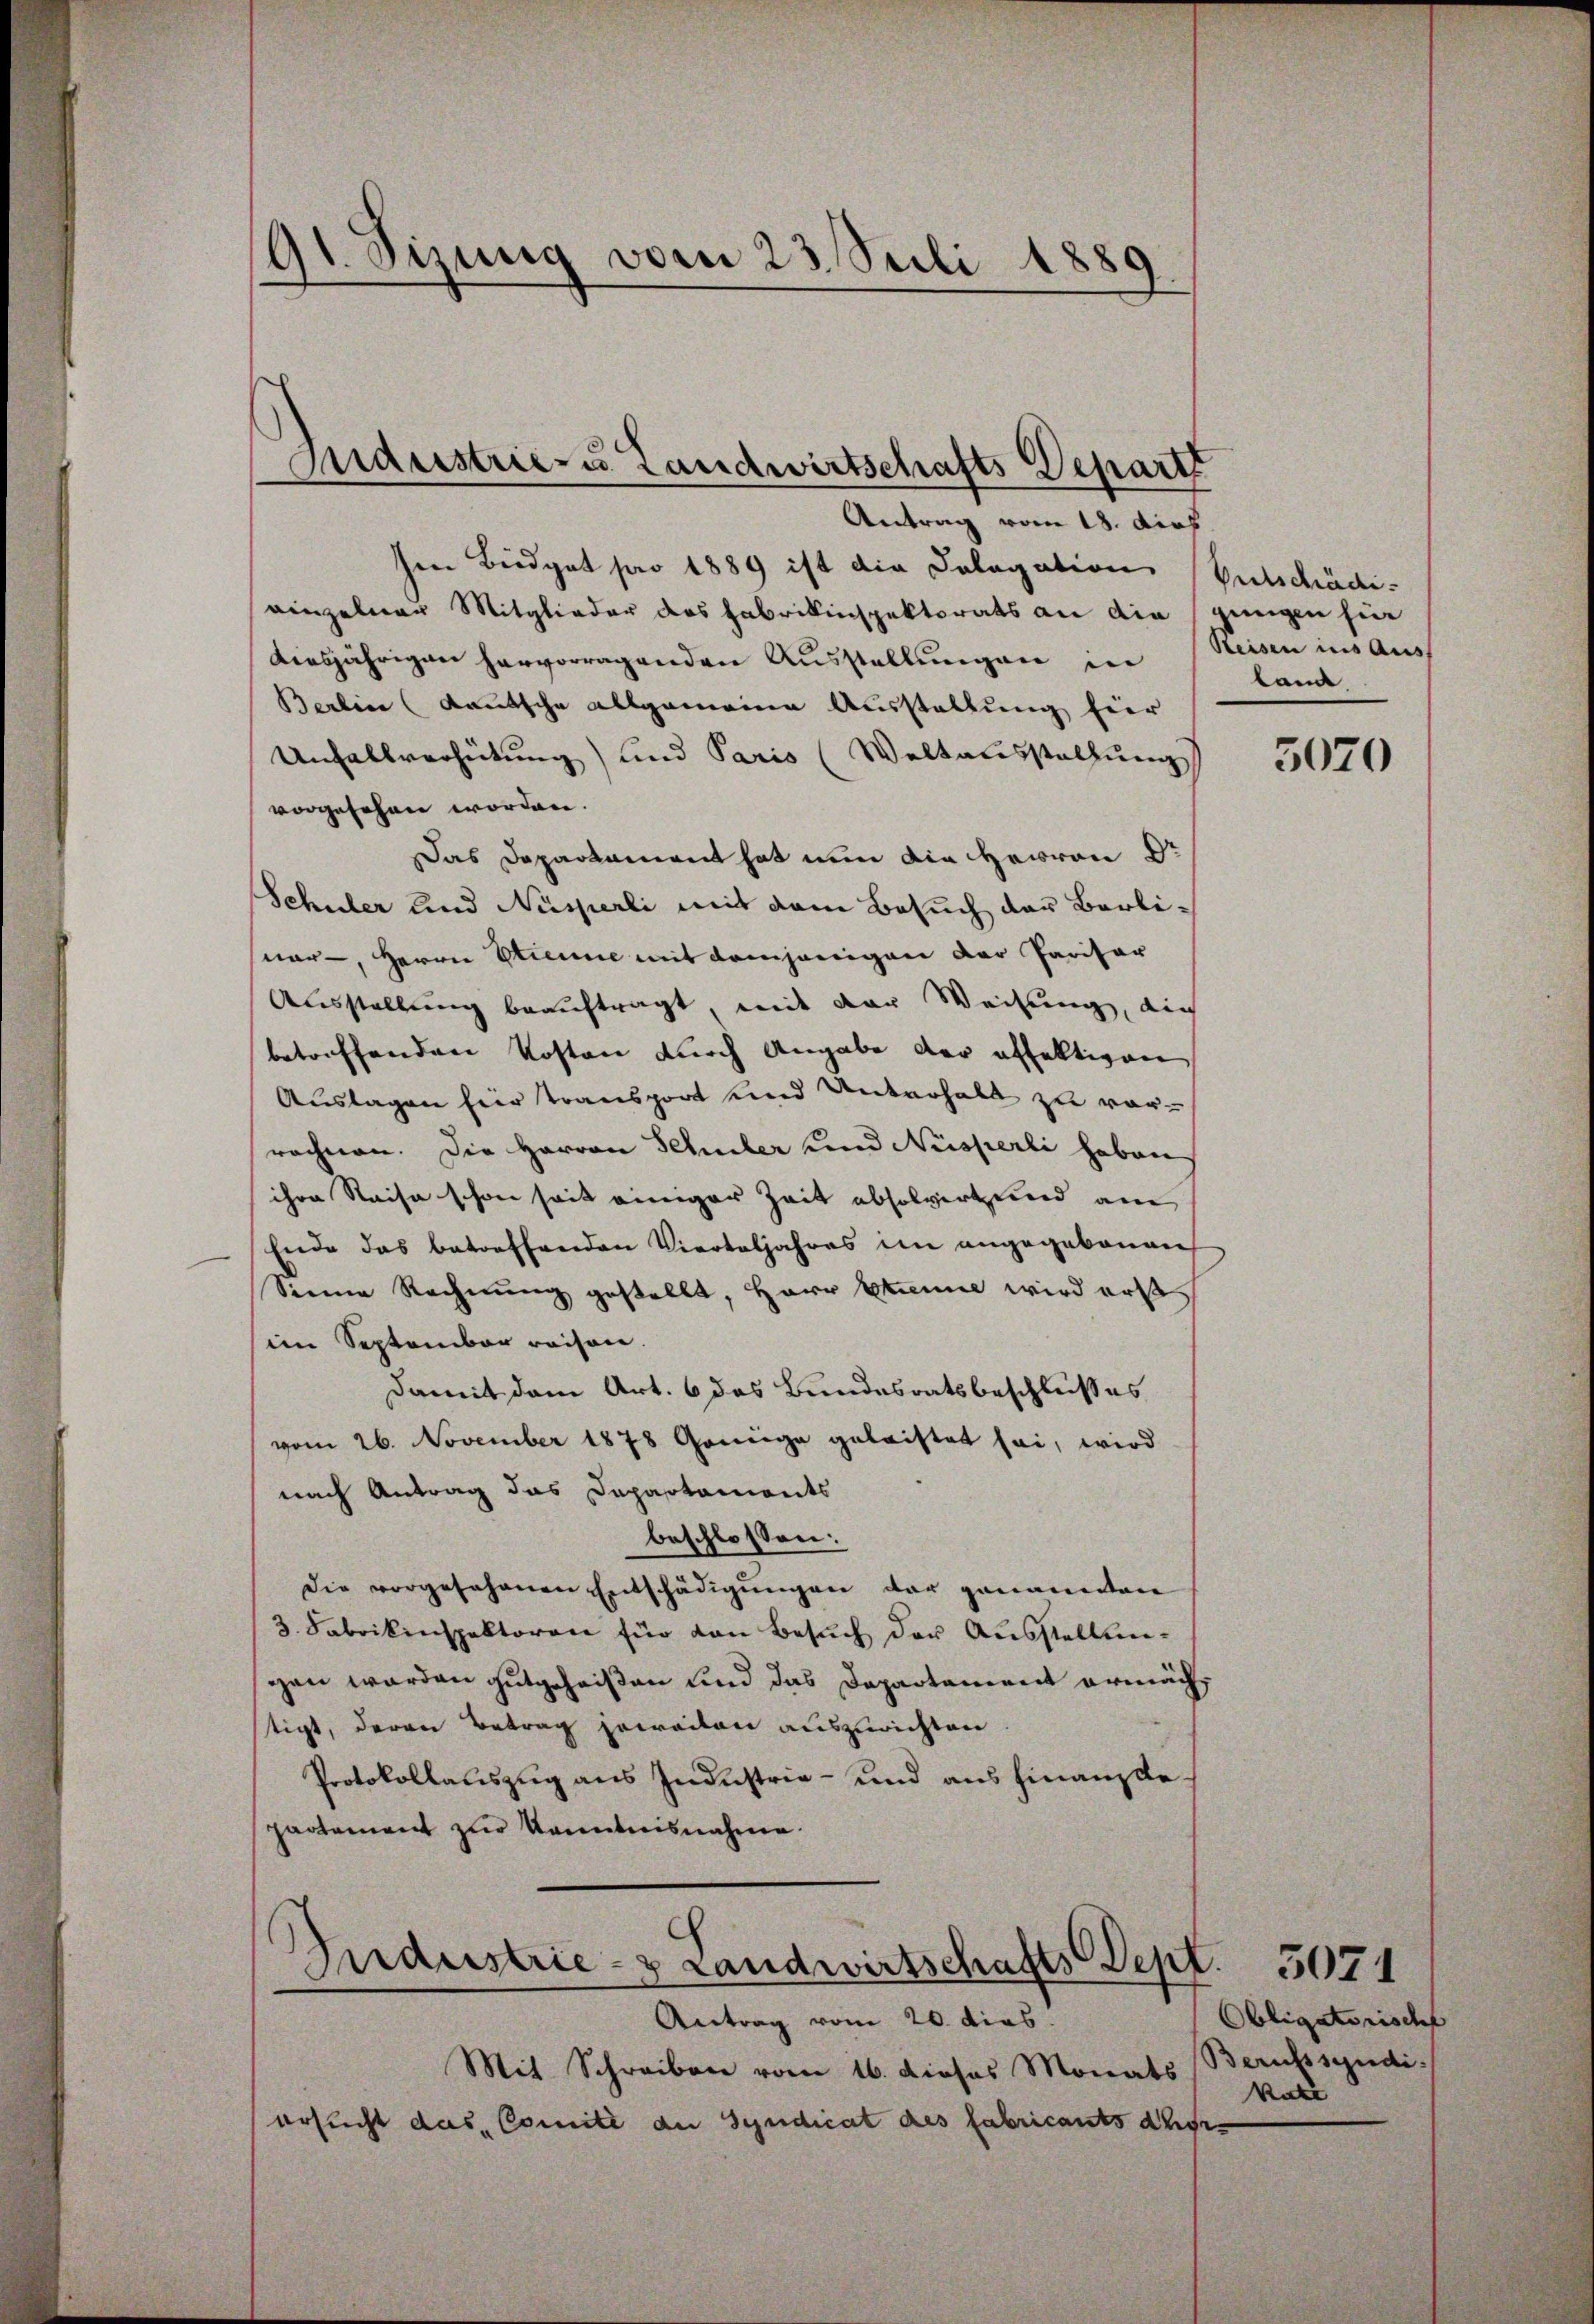
91. Sizung vom 23. Suli 1889

Antrag vom 18. dich.
hen Biedget pro 1889 ist die Cologation Entschädieinzelner Mitglieder das Fabrikinspektorats an die
diesjährigen hervorragenden Ausstellungen in Reisen ins Aus¬
Berlin (Kautsche allgemeine Ausstellung hier
Unfallverhütung) und Paris (Weltausstellung
vorgesehen worden.
Das Departament hat nun die Herren Dr
Schüler und Nisperli mit dem Besuch das Berlinar-, Herrn Etienne mit demjenigen der Paritar
Ausstellung beauftragt, mit der Weisung, di
betreffenden Kosten durch Angabe der affaltigen
Auslagen hier Transport und Unterhalt zu vorrechnen. Die Herren Schuler und Neisperli haben
ihre Reise schon seit einiger Zeit absolvirt und am
Ende das betreffenden Vierteljahres im angegebenen
Sinne Rechnung gestellt, Herr Erinne wird erstim September reisen.
Damit dem Art. 6 das Bundesratsbeschlußes
vom 26. November 1878 Gonige geleistet sei, wird
nach Antrag das Departaments
beschlossen:
Die vorgesehenen Entschädigungen der genannten
3. Fabrikinspektoren für den Besuch der Ausstellungen werden gutgeheißen und das Departement ermächtigt, deren Betrag jeweiten auszurichten.
Protokollauszug aus Industrie- und aus hinanzdepartement zur Kenntnisnahme.
Industrie- & Landwirtschafts Sept. 5071
Antrag vom 20. dies
Mit Schreiben vom 16. dieses Monats
ersucht das Comite der Syndicat des Fabricants ders

Mndustrie- u. Landwirtschafts Depart

gungen für
land

3070

Obligatorisch
Berufssyndi
Rate